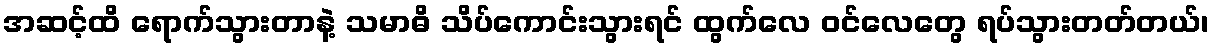
အဆင့်ထိ ရောက်သွားတာနဲ့ သမာဓိ သိပ်ကောင်းသွားရင် ထွက်လေ ဝင်လေတွေ ရပ်သွားတတ်တယ်၊